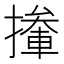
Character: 撪